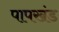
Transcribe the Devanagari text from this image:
पापखंड